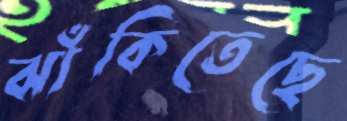
ঝাঁকিতেছে